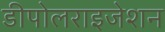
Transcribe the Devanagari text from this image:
डीपोलराइजेशन